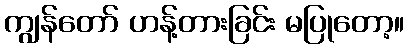
ကျွန်တော် ဟန့်တားခြင်း မပြုတော့။